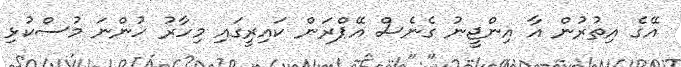
އޭގެ އިތުރުން އާ އިންޖީނު ގެނެސް އޭޕްރަން ކައިރީގައި މިހާރު ހުންނަ މުސްކުޅި